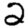
Digit: 2